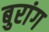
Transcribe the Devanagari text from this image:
बुरांग